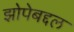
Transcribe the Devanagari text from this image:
झोपेबद्दल